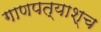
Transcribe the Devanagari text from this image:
गाणपत्याश्च